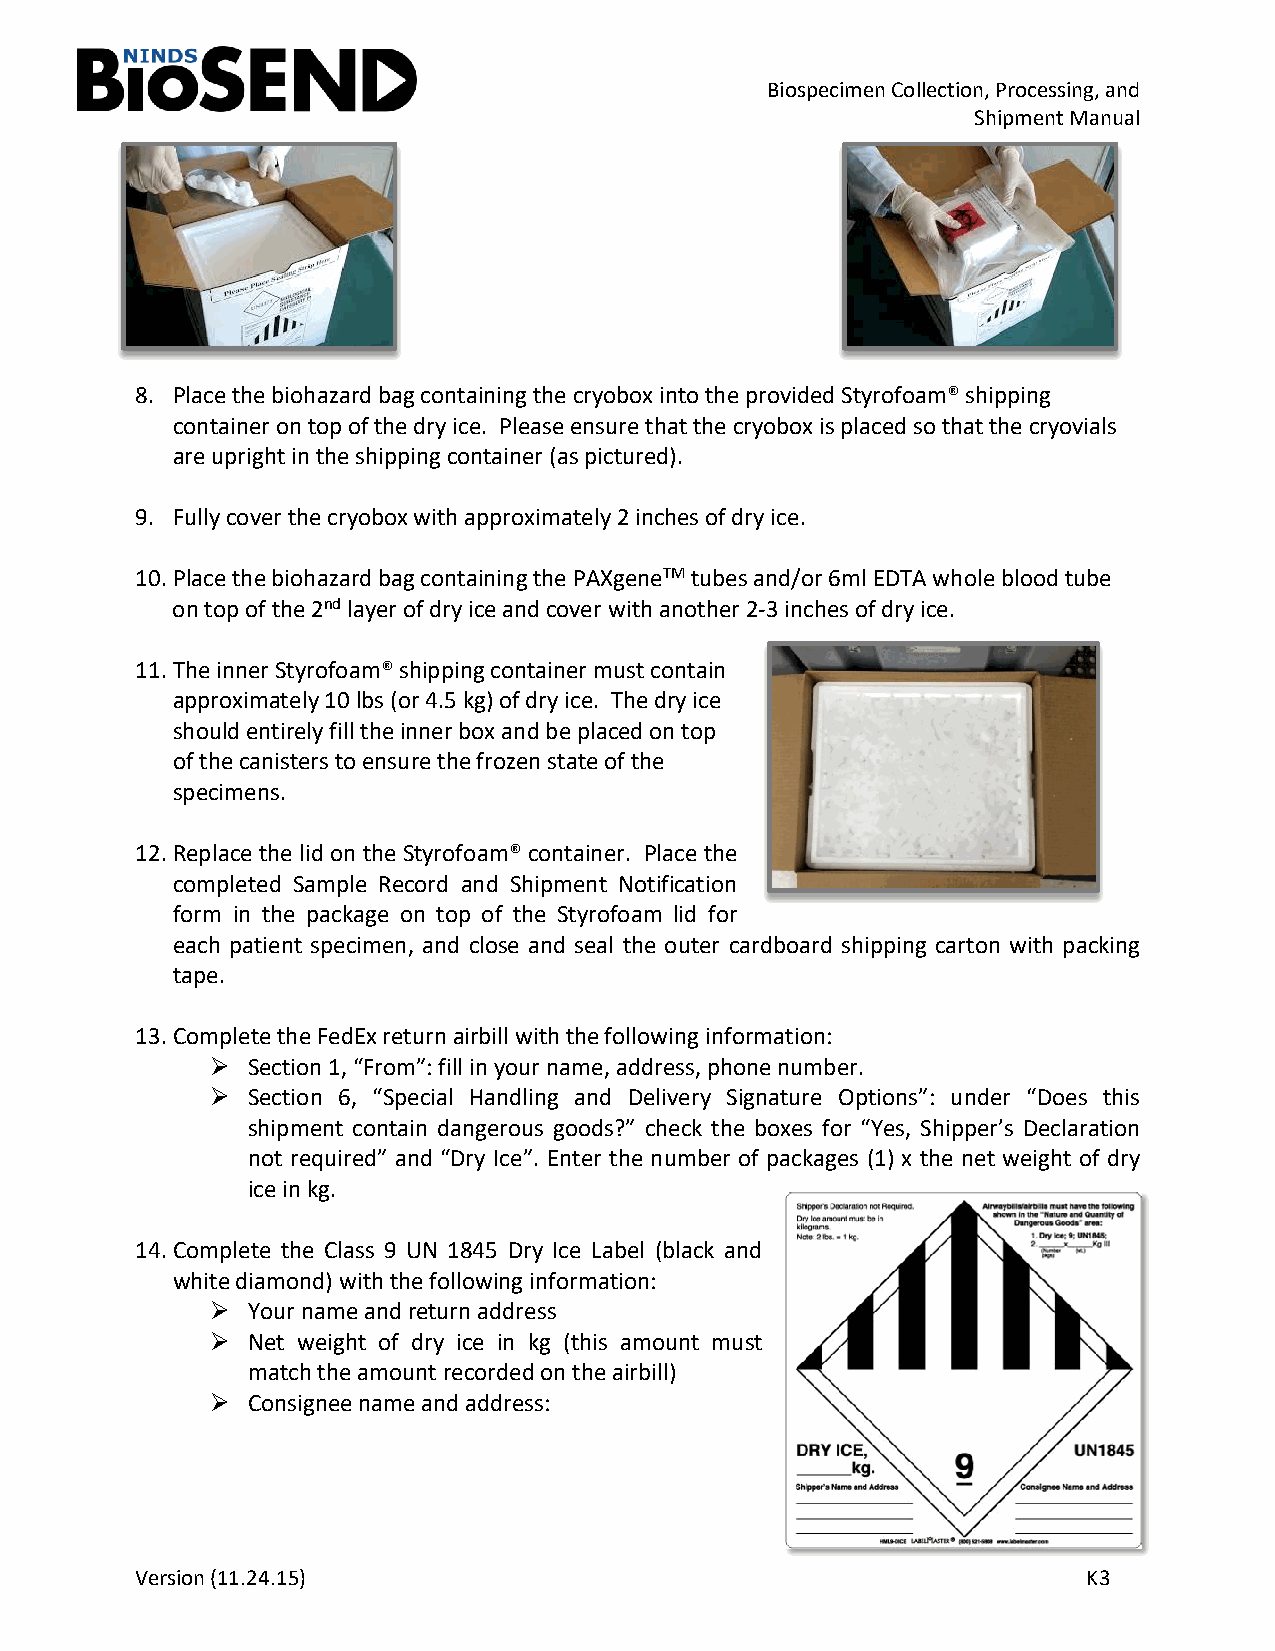
Biospecimen Collection, Processing, and
 Shipment Manual
 8. Place the biohazard bag containing the cryobox into the provided Styrofoam® shipping
 container on top of the dry ice. Please ensure that the cryobox is placed so that the cryovials
 are upright in the shipping container (as pictured).
 9. Fully cover the cryobox with approximately 2 inches of dry ice.
 10.Place the biohazard bag containing the PAXgeneTM tubes and/or 6ml EDTA whole blood tube
 on top of the 2nd layer of dry ice and cover with another 2-3 inches of dry ice.
 11.The inner Styrofoam® shipping container must contain
 approximately 10 lbs (or 4.5 kg) of dry ice. The dry ice
 should entirely fill the inner box and be placed on top
 of the canisters to ensure the frozen state of the
 specimens.
 12.Replace the lid on the Styrofoam® container. Place the
 completed Sample Record and Shipment Notification
 form in the package on top of the Styrofoam lid for
 each patient specimen, and close and seal the outer cardboard shipping carton with packing
 tape.
 13.Complete the FedEx return airbill with the following information:
  Section 1, “From”: fill in your name, address, phone number.
  Section 6, “Special Handling and Delivery Signature Options”: under “Does this
 shipment contain dangerous goods?” check the boxes for “Yes, Shipper’s Declaration
 not required” and “Dry Ice”. Enter the number of packages (1) x the net weight of dry
 ice in kg.
 14.Complete the Class 9 UN 1845 Dry Ice Label (black and
 white diamond) with the following information:
  Your name and return address
  Net weight of dry ice in kg (this amount must
 match the amount recorded on the airbill)
  Consignee name and address:
 Version (11.24.15)                                             K3